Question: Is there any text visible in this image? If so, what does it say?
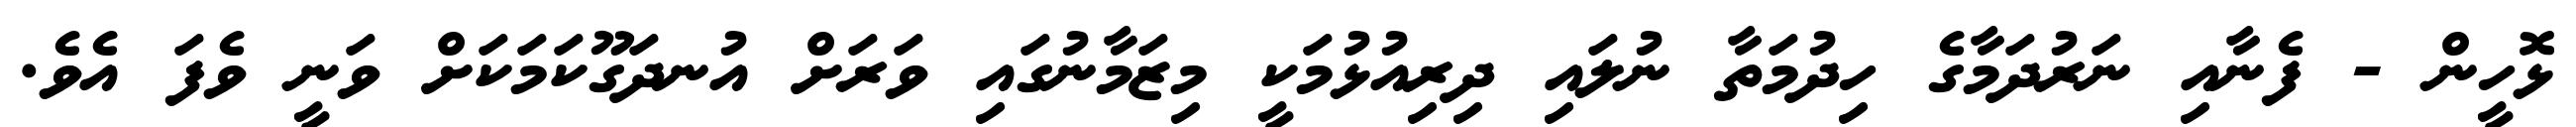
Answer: ޅޮހީން - ފެނާއި ނަރުދަމާގެ ހިދުމަތާ ނުލައި ދިރިއުޅުމަކީ މިޒަމާނުގައި ވަރަށް އުނދަގޫކަމަކަށް ވަނީ ވެފަ އެވެ.